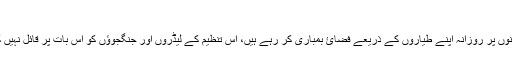
​
يقینی طور پر يہ حقيقت کہ ہم آئ ايس آئ ايس کے ٹھکانوں پر روزانہ اپنے طياروں کے ذريعے فضائ بمباری کر رہے ہيں، اس تنظيم کے ليڈروں اور جنگجوؤں کو اس بات پر قائل نہيں کر سکتی ہے کہ وہ ہمارے ايماء پر لڑنا شروع کر ديں۔